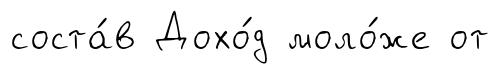
соста́в Дохо́д моло́же от